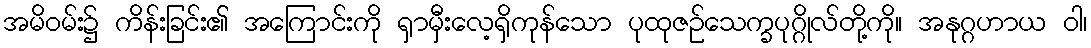
အမိဝမ်း၌ ကိန်းခြင်း၏ အကြောင်းကို ရှာမှီးလေ့ရှိကုန်သော ပုထုဇဉ်သေက္ခပုဂ္ဂိုလ်တို့ကို။ အနုဂ္ဂဟာယ ဝါ၊